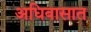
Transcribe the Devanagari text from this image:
अधिवासात